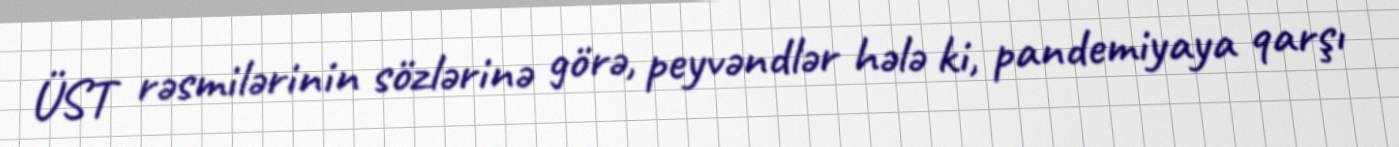
ÜST rəsmilərinin sözlərinə görə, peyvəndlər hələ ki, pandemiyaya qarşı